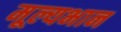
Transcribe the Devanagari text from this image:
मूल्यभान